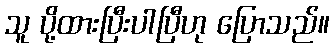
သူ ပို့ထားပြီးပါပြီဟု ပြောသည်။